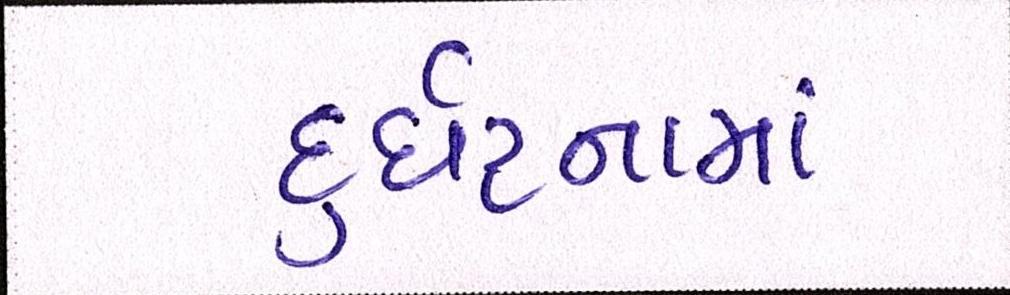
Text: દુર્ઘટનામાં